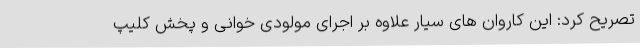
تصریح کرد: این کاروان های سیار علاوه بر اجرای مولودی خوانی و پخش کلیپ